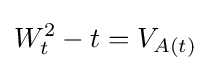
W_{t}^{2}-t=V_{A(t)}